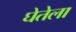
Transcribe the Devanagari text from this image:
घेतेला